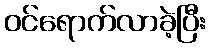
ဝင်ရောက်လာခဲ့ပြီး